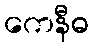
ကေနီဓ